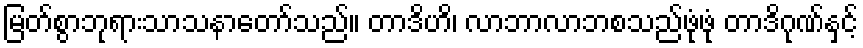
မြတ်စွာဘုရားသာသနာတော်သည်။ တာဒိဟိ၊ လာဘာလာဘစသည်ဖုံဖုံ တာဒိဂုဏ်နှင့်